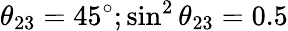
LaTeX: \theta_{23}=45^{\circ};\sin^{2}\theta_{23}=0.5